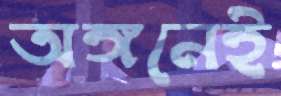
অঙ্গনেই